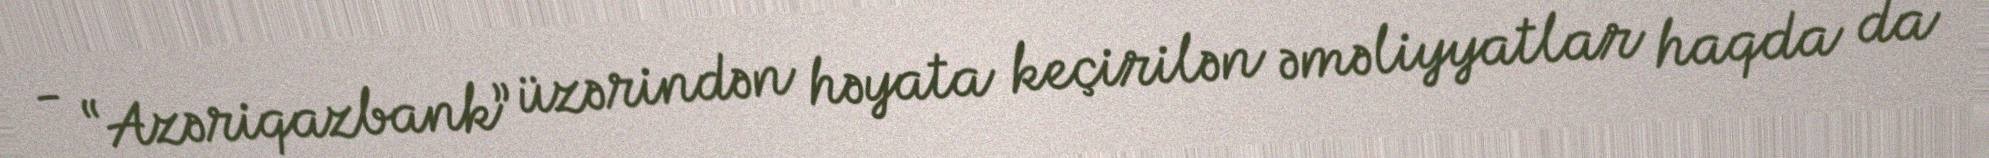
- “Azəriqazbank” üzərindən həyata keçirilən əməliyyatlar haqda da